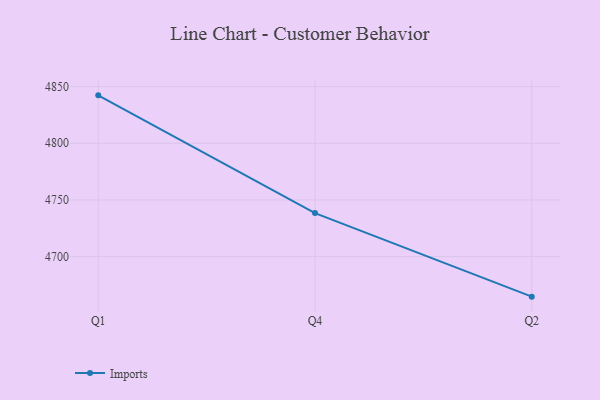
{"axis": {"x": "Quarter", "y": "Page Views"}, "legend": ["Imports"], "data": [{"x": "Q1", "y": 4842.3, "type": "Imports"}, {"x": "Q4", "y": 4738.4, "type": "Imports"}, {"x": "Q2", "y": 4664.7, "type": "Imports"}]}